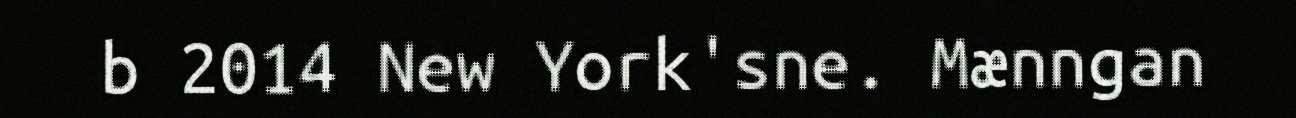
b 2014 New York'sne. Mænngan